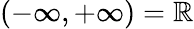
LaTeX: (-\infty,+\infty)=\mathbb{R}